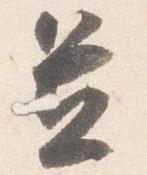
置